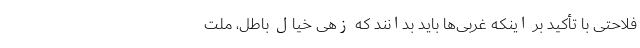
فلاحتی با تأکید بر اینکه غربی‌ها باید بدانند که زهی خیال باطل، ملت